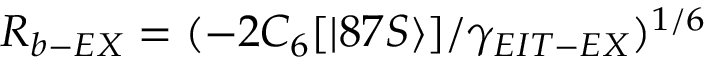
R _ { b - E X } = ( - 2 C _ { 6 } [ | 8 7 S \rangle ] / \gamma _ { E I T - E X } ) ^ { 1 / 6 }